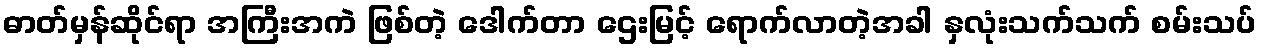
ဓာတ်မှန်ဆိုင်ရာ အကြီးအကဲ ဖြစ်တဲ့ ဒေါက်တာ ဌေးမြင့် ရောက်လာတဲ့အခါ နှလုံးသက်သက် စမ်းသပ်